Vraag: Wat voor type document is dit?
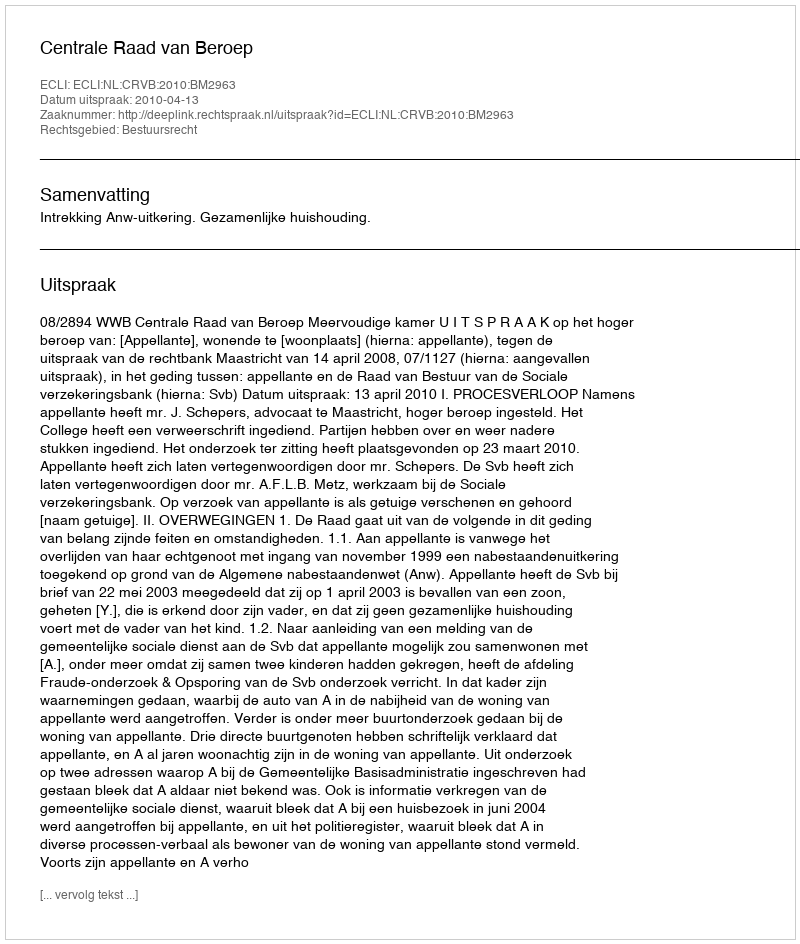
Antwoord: Uitspraak